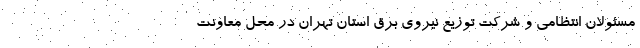
مسئولان انتظامی و شرکت توزیع نیروی برق استان تهران در محل معاونت